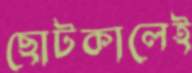
ছোটকালেই